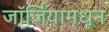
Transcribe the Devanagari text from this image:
जॉर्जियामधून